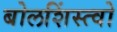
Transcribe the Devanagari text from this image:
बोलशिंस्त्वो